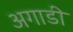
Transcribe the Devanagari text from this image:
अगाडी